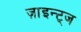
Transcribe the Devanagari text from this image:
ज़ाइन्ट्ज